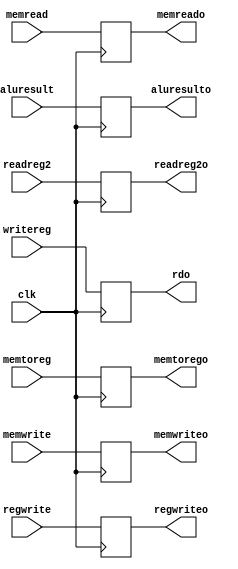
`timescale 1ns / 1ps
//////////////////////////////////////////////////////////////////////////////////
// Company: 
// Engineer: 
// 
// Design Name: 
// Module Name: ex_mem
// Project Name: 
// Target Devices: 
// Tool Versions: 
// Description: 
// 
// Dependencies: 
// 
// Revision:
// Revision 0.01 - File Created
// Additional Comments:
// 
//////////////////////////////////////////////////////////////////////////////////


module ex_mem(input clk,input memwrite,output reg memwriteo, input memread , output reg memreado,
 input memtoreg , output reg memtorego ,input regwrite,output reg regwriteo , input [4:0]writereg
,input [31:0]aluresult, output reg [31:0]aluresulto, input [31:0]readreg2, output reg [31:0]readreg2o, output reg [4:0]rdo);
always@(posedge clk)
begin 
   rdo<=writereg;
   aluresulto<=aluresult;
   readreg2o<=readreg2;
   regwriteo<=regwrite;
   memwriteo<=memwrite;
   memreado<=memread;
   memtorego<=memtoreg;
      
end
endmodule